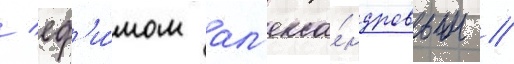
/ еф'и́мом ал'екса́ндровым //